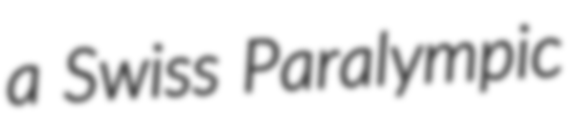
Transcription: a Swiss Paralympic